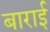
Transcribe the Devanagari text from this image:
बाराई